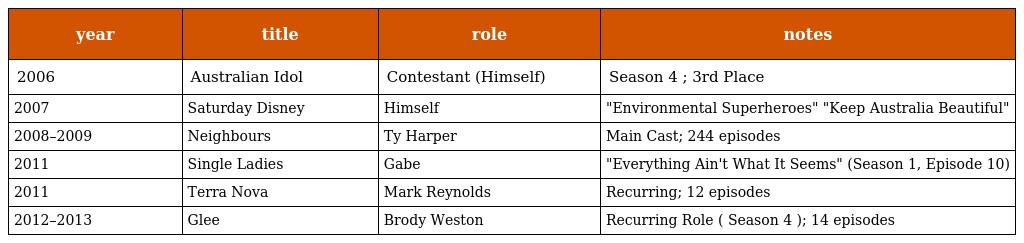
| year | title | role | notes |
 | --- | --- | --- | --- |
 | 2006 | Australian Idol | Contestant (Himself) | Season 4 ; 3rd Place |
 | 2007 | Saturday Disney | Himself | "Environmental Superheroes" "Keep Australia Beautiful" |
 | 2008–2009 | Neighbours | Ty Harper | Main Cast; 244 episodes |
 | 2011 | Single Ladies | Gabe | "Everything Ain't What It Seems" (Season 1, Episode 10) |
 | 2011 | Terra Nova | Mark Reynolds | Recurring; 12 episodes |
 | 2012–2013 | Glee | Brody Weston | Recurring Role ( Season 4 ); 14 episodes |